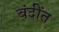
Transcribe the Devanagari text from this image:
बंदींत